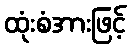
ထုံးစံအားဖြင့်